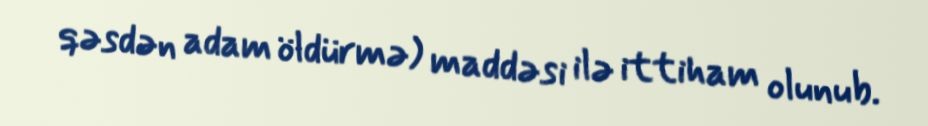
qəsdən adam öldürmə) maddəsi ilə ittiham olunub.